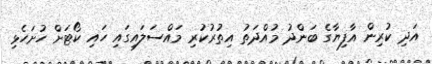
އަދި ކުރިން އާފިޔާގެ ބަންދު މުއްދަތު އިތުރުކުރި މައްސަލައިގައި ހައި ކޯޓަށް ހުށަހެޅި